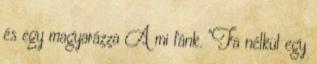
és egy magyarázza A mi fánk. "Fa nélkül egy